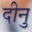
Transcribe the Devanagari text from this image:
दीनु